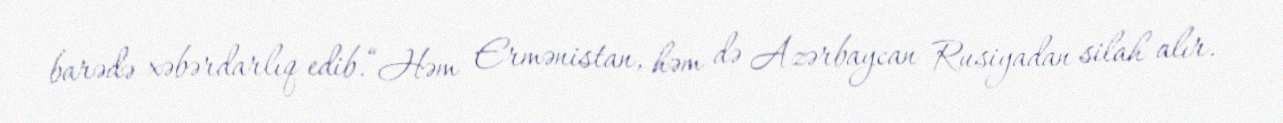
barədə xəbərdarlıq edib.“Həm Ermənistan, həm də Azərbaycan Rusiyadan silah alır.